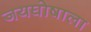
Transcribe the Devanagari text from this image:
जयघोषाला